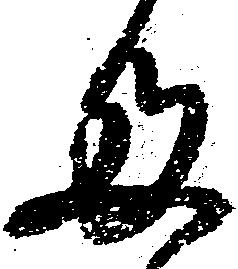
多